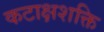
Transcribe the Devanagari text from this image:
कटाक्षशक्ति